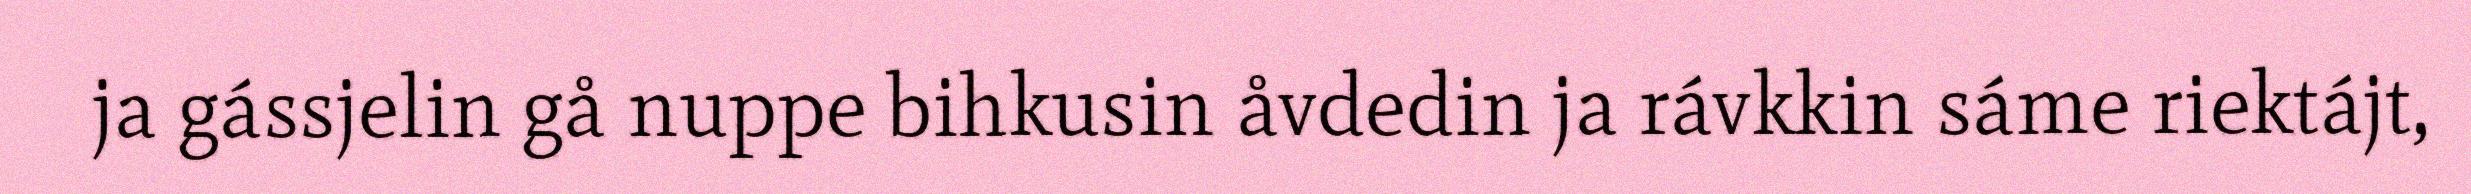
ja gássjelin gå nuppe bihkusin åvdedin ja rávkkin sáme riektájt,